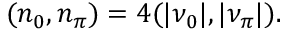
( n _ { 0 } , n _ { \pi } ) = 4 ( | \nu _ { 0 } | , | \nu _ { \pi } | ) .